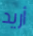
أريد